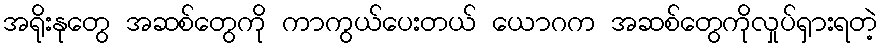
အရိုးနုတွေ အဆစ်တွေကို ကာကွယ်ပေးတယ် ယောဂက အဆစ်တွေကိုလှုပ်ရှားရတဲ့